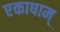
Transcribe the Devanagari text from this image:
एकाषाम्